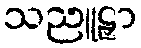
သညူဠှာ